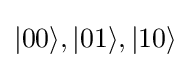
|00\rangle ,|01\rangle ,|10\rangle